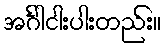
အင်္ဂါငါးပါးတည်း။